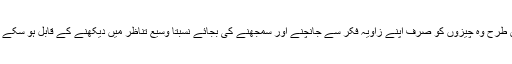
اس طرح وہ چیزوں کو صرف اپنے زاویہ فکر سے جانچنے اور سمجھنے کی بجائے نسبتاً وسیع تناظر میں دیکھنے کے قابل ہو سکے گا۔